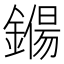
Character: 𨫖